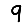
Digit: 9